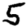
Digit: 5